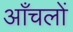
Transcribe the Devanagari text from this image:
आँचलों